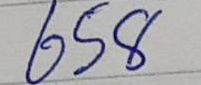
658